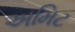
અમિટ